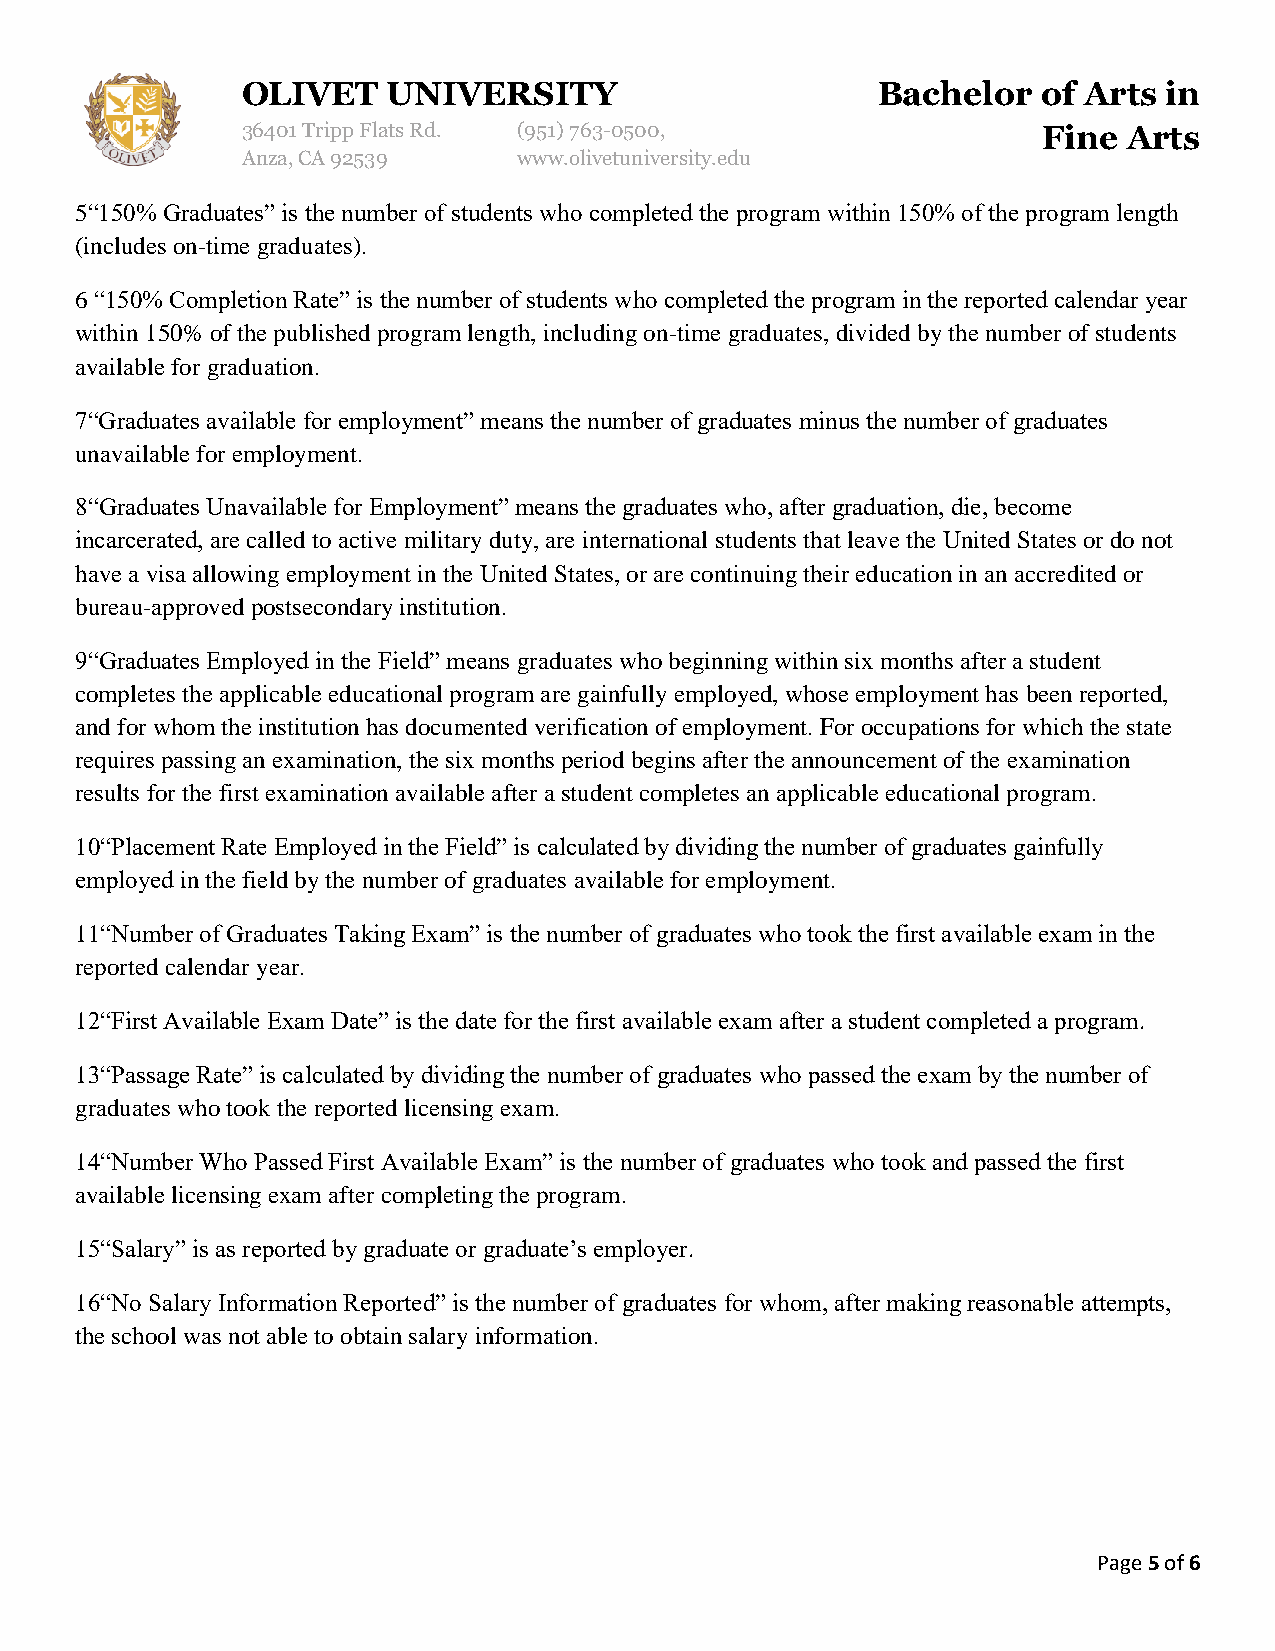
OLIVET    UNIVERSITY                      Bachelor   of Arts in
 36401 Tripp Flats Rd. (951)763-0500,                 Fine  Arts
 Anza, CA 92539    www.olivetuniversity.edu
 5“150% Graduates” is the number of students who completed the program within 150% of the program length
 (includes on-time graduates).
 6 “150% Completion Rate” is the number of students who completed the program in the reported calendar year
 within 150% of the published program length, including on-time graduates, divided by the number of students
 available for graduation.
 7“Graduates available for employment” means the number of graduates minus the number of graduates
 unavailable for employment.
 8“Graduates Unavailable for Employment” means the graduates who, after graduation, die, become
 incarcerated, are called to active military duty, are international students that leave the United States or do not
 have a visa allowing employment in the United States, or are continuing their education in an accredited or
 bureau-approved postsecondary institution.
 9“Graduates Employed in the Field” means graduates who beginning within six months after a student
 completes the applicable educational program are gainfully employed, whose employment has been reported,
 and for whom the institution has documented verification of employment. For occupations for which the state
 requires passing an examination, the six months period begins after the announcement of the examination
 results for the first examination available after a student completes an applicable educational program.
 10“Placement Rate Employed in the Field” is calculated by dividing the number of graduates gainfully
 employed in the field by the number of graduates available for employment.
 11“Number of Graduates Taking Exam” is the number of graduates who took the first available exam in the
 reported calendar year.
 12“First Available Exam Date” is the date for the first available exam after a student completed a program.
 13“Passage Rate” is calculated by dividing the number of graduates who passed the exam by the number of
 graduates who took the reported licensing exam.
 14“Number Who Passed First Available Exam” is the number of graduates who took and passed the first
 available licensing exam after completing the program.
 15“Salary” is as reported by graduate or graduate’s employer.
 16“No Salary Information Reported” is the number of graduates for whom, after making reasonable attempts,
 the school was not able to obtain salary information.
 Page 5 of 6